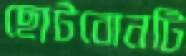
ছোটবোনটি